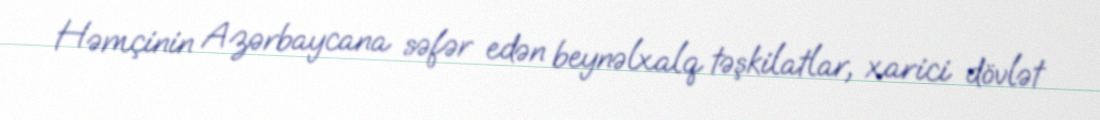
Həmçinin Azərbaycana səfər edən beynəlxalq təşkilatlar, xarici dövlət